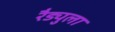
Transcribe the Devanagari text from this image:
रैड्युला